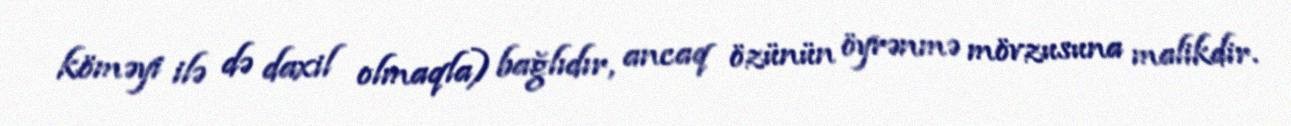
köməyi ilə də daxil olmaqla) bağlıdır, ancaq özünün öyrənmə mövzusuna malikdir.